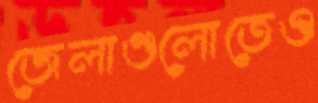
জেলাগুলোতেও